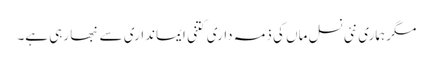
مگر ہماری نئی نسل ماں کی ذمہ داری کتنی ایمانداری سے نبھا رہی ہے۔